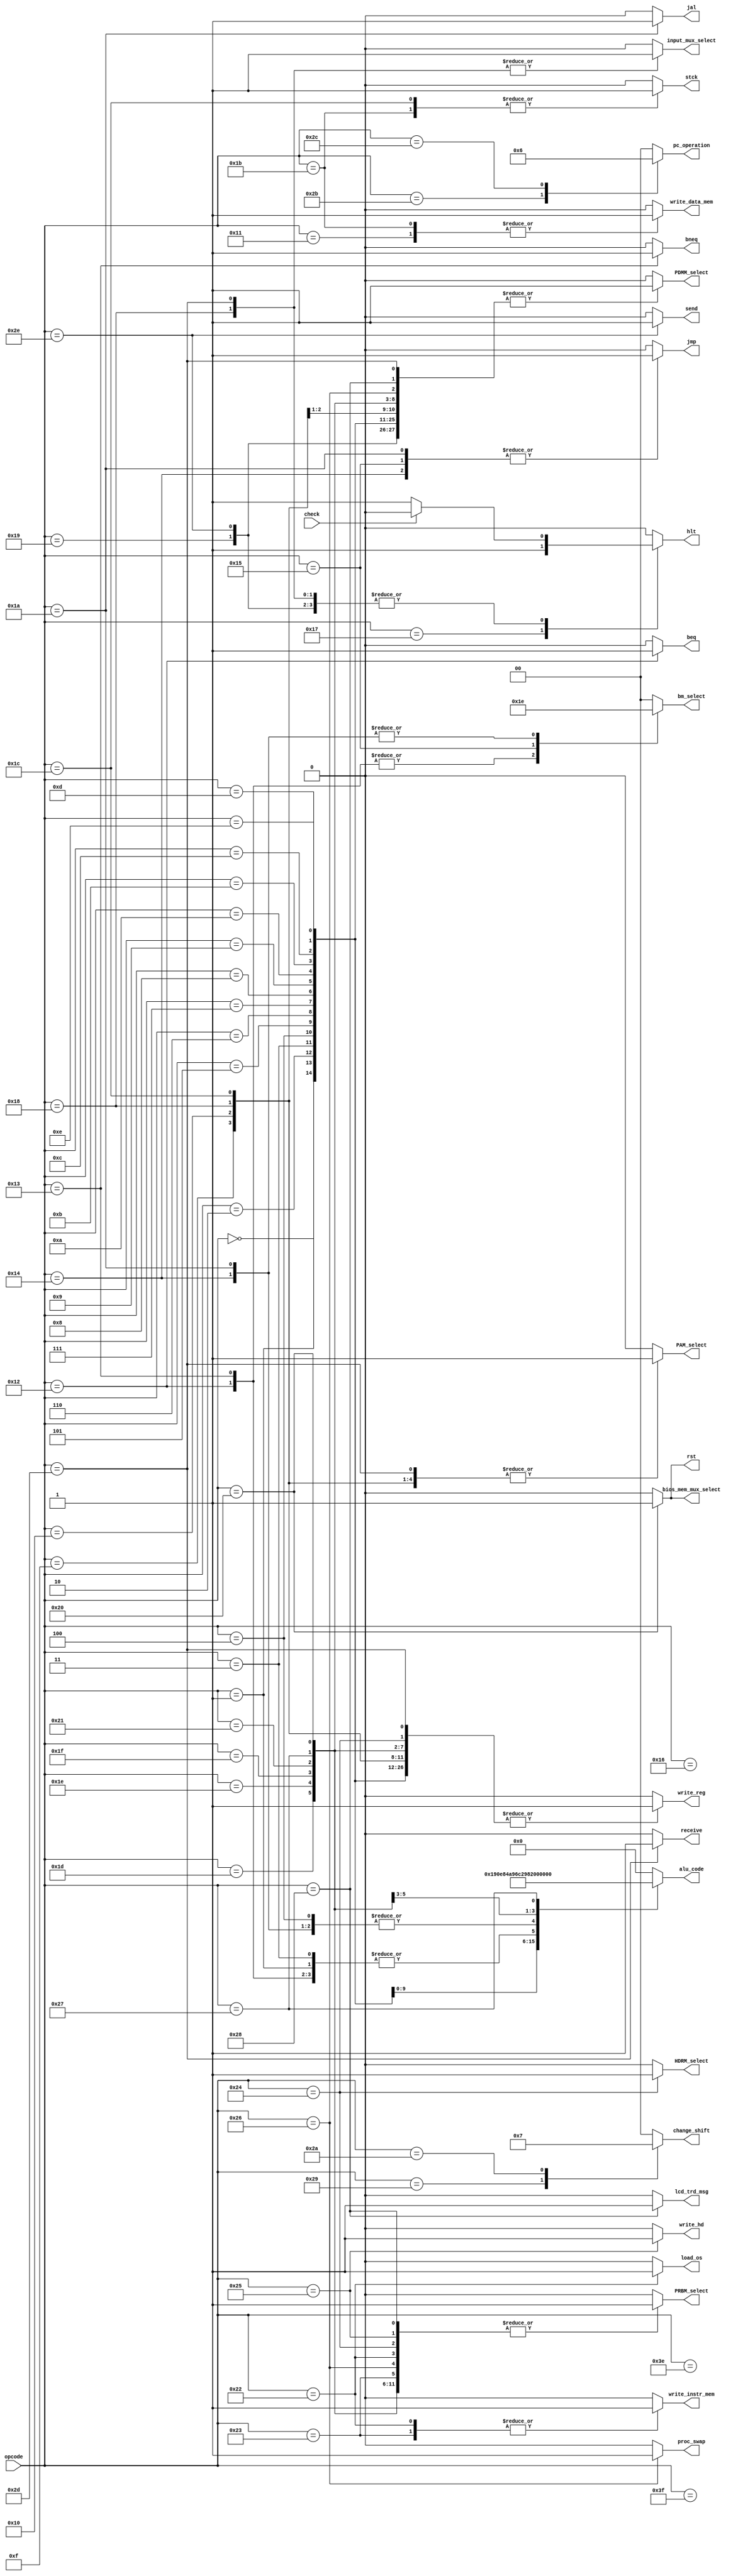
/*
check - signal for input usage
clk - cocl
opcode - operation code
PRBM_select - pre-regbank mux selection
bm_select - big mux selection
PAM_select - pre-ALU mux selection
hlt, jmp, rst, beq, bneq, jal - pc flags
PDMM_select - post-data mem mux selection
write_data_mem, stck - datamem write and stack usage flags
write_reg - RegBank write flag
alu_code - operation code for ALU
input_mux_select - input control signal
*/

module Control_unit
#(
	parameter OP_WIDTH = 6, 
	parameter ALU_OP_WIDTH = 5, 
	parameter SIGNAL_WIDTH = 2
)
(
	input check,
	input [(OP_WIDTH-1):0] opcode,
	output reg PRBM_select,										
	output reg PAM_select,								
	output reg [(SIGNAL_WIDTH-1):0] bm_select,						
	output reg hlt, jmp, rst, beq, bneq, jal,		
	output reg PDMM_select,										
	output reg write_data_mem, stck,									
	output reg write_reg,											
	output reg[(ALU_OP_WIDTH-1):0] alu_code,							
	output reg input_mux_select,
	//os related flags
	output reg bios_mem_mux_select, write_instr_mem, 
	output reg load_os, HDRM_select, write_hd, lcd_trd_msg, proc_swap, 
	output reg [(SIGNAL_WIDTH-1):0] change_shift, pc_operation,
	// network communication flags
	output reg send, receive
	
);

	always @ ( * ) 
	begin
		case( opcode )
			6'b000000: //ADD - OK - 0
			begin 
				PRBM_select = 1'b1;
				PAM_select = 1'b0;
				bm_select = 2'b00;
				PDMM_select = 1'b1;
				input_mux_select = 1'b0;
				alu_code = 5'b00000; 
				hlt = 1'b0;
				jmp = 1'b0;
				beq = 1'b0;
				bneq = 1'b0;
				jal = 1'b0;
				rst = 1'b0;
				write_data_mem = 1'b0;
				stck = 1'b0;
				write_reg = 1'b1;
				// OS
				bios_mem_mux_select = 1'b0;
				write_instr_mem = 1'b0;
				proc_swap = 1'b0;
				load_os = 1'b0;
				HDRM_select = 1'b0;
				write_hd = 1'b0;
				lcd_trd_msg = 1'b0;
				change_shift = 2'b00;
				pc_operation = 2'b00;
				// NET
				send = 1'b0;
				receive = 1'b0;
			end
			
			6'b000001: //SUB - OK - 1
			begin 
				PRBM_select = 1'b1;
				PAM_select = 1'b0 ;
				bm_select = 2'b00;
				PDMM_select = 1'b1;
				input_mux_select = 1'b0;
				alu_code = 5'b00001; 
				hlt = 1'b0;
				jmp = 1'b0;
				beq = 1'b0;
				bneq = 1'b0;
				jal = 1'b0;
				rst = 1'b0;
				write_data_mem = 1'b0;
				stck = 1'b0;
				write_reg = 1'b1;
				// OS
				bios_mem_mux_select = 1'b0;
				write_instr_mem = 1'b0;
				proc_swap = 1'b0;
				load_os = 1'b0;
				HDRM_select = 1'b0;
				write_hd = 1'b0;
				lcd_trd_msg = 1'b0;
				change_shift = 2'b00;
				pc_operation = 2'b00;
				// NET
				send = 1'b0;
				receive = 1'b0;
			end
			
			6'b000010: //ADDI - OK - 2
			begin 
				PRBM_select = 1'b0;
				PAM_select = 1'b1;
				bm_select = 2'b00;
				PDMM_select = 1'b1;
				input_mux_select = 1'b0;
				alu_code = 5'b00000; 
				hlt = 1'b0;
				jmp = 1'b0;
				beq = 1'b0;
				bneq = 1'b0;
				jal = 1'b0;
				rst = 1'b0;
				write_data_mem = 1'b0;
				stck = 1'b0;
				write_reg = 1'b1;
				// OS
				bios_mem_mux_select = 1'b0;
				write_instr_mem = 1'b0;
				proc_swap = 1'b0;
				load_os = 1'b0;
				HDRM_select = 1'b0;
				write_hd = 1'b0;
				lcd_trd_msg = 1'b0;
				change_shift = 2'b00;
				pc_operation = 2'b00;
				// NET
				send = 1'b0;
				receive = 1'b0;
			end
			
			6'b000011: //SUBI - OK - 3
			begin 
				PRBM_select = 1'b0;
				PAM_select = 1'b1;
				bm_select = 2'b00;
				PDMM_select = 1'b1;
				input_mux_select = 1'b0;
				alu_code = 5'b00001; 
				hlt = 1'b0;
				jmp = 1'b0;
				beq = 1'b0;
				bneq = 1'b0;
				jal = 1'b0;
				rst = 1'b0;
				write_data_mem = 1'b0;
				stck = 1'b0;
				write_reg = 1'b1;
				// OS
				bios_mem_mux_select = 1'b0;
				write_instr_mem = 1'b0;
				proc_swap = 1'b0;
				load_os = 1'b0;
				HDRM_select = 1'b0;
				write_hd = 1'b0;
				lcd_trd_msg = 1'b0;
				change_shift = 2'b00;
				pc_operation = 2'b00;
				// NET
				send = 1'b0;
				receive = 1'b0;
			end
			
			6'b000100://INC - OK - 4
			 begin 
				PRBM_select = 1'b0;
				PAM_select = 1'b1;
				bm_select = 2'b00;
				PDMM_select = 1'b1;
				input_mux_select = 1'b0;
				alu_code = 5'b00010; 
				hlt = 1'b0;
				jmp = 1'b0;
				beq = 1'b0;
				bneq = 1'b0;
				jal = 1'b0;
				rst = 1'b0;
				write_data_mem = 1'b0;
				stck = 1'b0;
				write_reg = 1'b1;
				// OS
				bios_mem_mux_select = 1'b0;
				write_instr_mem = 1'b0;
				proc_swap = 1'b0;
				load_os = 1'b0;
				HDRM_select = 1'b0;
				write_hd = 1'b0;
				lcd_trd_msg = 1'b0;
				change_shift = 2'b00;
				pc_operation = 2'b00;
				// NET
				send = 1'b0;
				receive = 1'b0;
			end
			
			6'b000101: //DEC - OK - 5
			begin 
				PRBM_select = 1'b0;
				PAM_select = 1'b1;
				bm_select = 2'b00;
				PDMM_select = 1'b1;
				input_mux_select = 1'b0;
				alu_code = 5'b00011; 
				hlt = 1'b0;
				jmp = 1'b0;
				beq = 1'b0;
				bneq = 1'b0;
				jal = 1'b0;
				rst = 1'b0;
				write_data_mem = 1'b0;
				stck = 1'b0;
				write_reg = 1'b1;
				// OS
				bios_mem_mux_select = 1'b0;
				write_instr_mem = 1'b0;
				proc_swap = 1'b0;
				load_os = 1'b0;
				HDRM_select = 1'b0;
				write_hd = 1'b0;
				lcd_trd_msg = 1'b0;
				change_shift = 2'b00;
				pc_operation = 2'b00;
				// NET
				send = 1'b0;
				receive = 1'b0;
			end
			
			6'b000110: //SLT - OK - 6
			begin 
				PRBM_select = 1'b1;
				PAM_select = 1'b0;
				bm_select = 2'b00;
				PDMM_select = 1'b1;
				input_mux_select = 1'b0;
				alu_code = 5'b00100; 
				hlt = 1'b0;
				jmp = 1'b0;
				beq = 1'b0;
				bneq = 1'b0;
				jal = 1'b0;
				rst = 1'b0;
				write_data_mem = 1'b0;
				stck = 1'b0;
				write_reg = 1'b1;
				// OS
				bios_mem_mux_select = 1'b0;
				write_instr_mem = 1'b0;
				proc_swap = 1'b0;
				load_os = 1'b0;
				HDRM_select = 1'b0;
				write_hd = 1'b0;
				lcd_trd_msg = 1'b0;
				change_shift = 2'b00;
				pc_operation = 2'b00;
				// NET
				send = 1'b0;
				receive = 1'b0;
			end
			
			6'b000111: //SHFL - OK - 7
			begin 
				PRBM_select = 1'b1;
				PAM_select = 1'b0;
				bm_select = 2'b00;
				PDMM_select = 1'b1;
				input_mux_select = 1'b0;
				alu_code = 5'b00111; 
				hlt = 1'b0;
				jmp = 1'b0;
				beq = 1'b0;
				bneq = 1'b0;
				jal = 1'b0;
				rst = 1'b0;
				write_data_mem = 1'b0;
				stck = 1'b0;
				write_reg = 1'b1;
				// OS
				bios_mem_mux_select = 1'b0;
				write_instr_mem = 1'b0;
				proc_swap = 1'b0;
				load_os = 1'b0;
				HDRM_select = 1'b0;
				write_hd = 1'b0;
				lcd_trd_msg = 1'b0;
				change_shift = 2'b00;
				pc_operation = 2'b00;
				// NET
				send = 1'b0;
				receive = 1'b0;
			end
			
			6'b001000: //SHFR - OK - 8
			begin 
				PRBM_select = 1'b1;
				PAM_select = 1'b0;
				bm_select = 2'b00;
				PDMM_select = 1'b1;
				input_mux_select = 1'b0;
				alu_code = 5'b01000; 
				hlt = 1'b0;
				jmp = 1'b0;
				beq = 1'b0;
				bneq = 1'b0;
				jal = 1'b0;
				rst = 1'b0;
				write_data_mem = 1'b0;
				stck = 1'b0;
				write_reg = 1'b1;
				// OS
				bios_mem_mux_select = 1'b0;
				write_instr_mem = 1'b0;
				proc_swap = 1'b0;
				load_os = 1'b0;
				HDRM_select = 1'b0;
				write_hd = 1'b0;
				lcd_trd_msg = 1'b0;
				change_shift = 2'b00;
				pc_operation = 2'b00;
				// NET
				send = 1'b0;
				receive = 1'b0;
			end
			
			6'b001001: //NOT - OK - 9
			begin 
				PRBM_select = 1'b1;
				PAM_select = 1'b0;
				bm_select = 2'b00;
				PDMM_select = 1'b1;
				input_mux_select = 1'b0;
				alu_code = 5'b01001; 
				hlt = 1'b0;
				jmp = 1'b0;
				beq = 1'b0;
				bneq = 1'b0;
				jal = 1'b0;
				rst = 1'b0;
				write_data_mem = 1'b0;
				stck = 1'b0;
				write_reg = 1'b1;
				// OS
				bios_mem_mux_select = 1'b0;
				write_instr_mem = 1'b0;
				proc_swap = 1'b0;
				load_os = 1'b0;
				HDRM_select = 1'b0;
				write_hd = 1'b0;
				lcd_trd_msg = 1'b0;
				change_shift = 2'b00;
				pc_operation = 2'b00;
				// NET
				send = 1'b0;
				receive = 1'b0;
			end
			
			6'b001010: //AND - OK - 10
			begin 	
				PRBM_select = 1'b1;
				PAM_select = 1'b0;
				bm_select = 2'b00;
				PDMM_select = 1'b1;
				input_mux_select = 1'b0;
				alu_code = 5'b01010; 
				hlt = 1'b0;
				jmp = 1'b0;
				beq = 1'b0;
				bneq = 1'b0;
				jal = 1'b0;
				rst = 1'b0;
				write_data_mem = 1'b0;
				stck = 1'b0;
				write_reg = 1'b1;
				// OS
				bios_mem_mux_select = 1'b0;
				write_instr_mem = 1'b0;
				proc_swap = 1'b0;
				load_os = 1'b0;
				HDRM_select = 1'b0;
				write_hd = 1'b0;
				lcd_trd_msg = 1'b0;
				change_shift = 2'b00;
				pc_operation = 2'b00;
				// NET
				send = 1'b0;
				receive = 1'b0;
			end
			
			6'b001011: //OR - OK - 11
			begin 
				PRBM_select = 1'b1;
				PAM_select = 1'b0;
				bm_select = 2'b00;
				PDMM_select = 1'b1;
				input_mux_select = 1'b0;
				alu_code = 5'b01011; 
				hlt = 1'b0;
				jmp = 1'b0;
				beq = 1'b0;
				bneq = 1'b0;
				jal = 1'b0;
				rst = 1'b0;
				write_data_mem = 1'b0;
				stck = 1'b0;
				write_reg = 1'b1;
				// OS
				bios_mem_mux_select = 1'b0;
				write_instr_mem = 1'b0;
				proc_swap = 1'b0;
				load_os = 1'b0;
				HDRM_select = 1'b0;
				write_hd = 1'b0;
				lcd_trd_msg = 1'b0;
				change_shift = 2'b00;
				pc_operation = 2'b00;
				// NET
				send = 1'b0;
				receive = 1'b0;
			end
			
			6'b001100: //XOR - OK - 12
			begin 
				PRBM_select = 1'b1;
				PAM_select = 1'b0;
				bm_select = 2'b00;
				PDMM_select = 1'b1;
				input_mux_select = 1'b0;
				alu_code = 5'b01100; 
				hlt = 1'b0;
				jmp = 1'b0;
				beq = 1'b0;
				bneq = 1'b0;
				jal = 1'b0;
				rst = 1'b0;
				write_data_mem = 1'b0;
				stck = 1'b0;
				write_reg = 1'b1;
				// OS
				bios_mem_mux_select = 1'b0;
				write_instr_mem = 1'b0;
				proc_swap = 1'b0;
				load_os = 1'b0;
				HDRM_select = 1'b0;
				write_hd = 1'b0;
				lcd_trd_msg = 1'b0;
				change_shift = 2'b00;
				pc_operation = 2'b00;
				// NET
				send = 1'b0;
				receive = 1'b0;
			end
			
			6'b001101: //MULT- OK - 13
			begin 
				PRBM_select = 1'b1;
				PAM_select = 1'b0;
				bm_select = 2'b00;
				PDMM_select = 1'b1;
				input_mux_select = 1'b0;
				alu_code = 5'b00101; 
				hlt = 1'b0;
				jmp = 1'b0;
				beq = 1'b0;
				bneq = 1'b0;
				jal = 1'b0;
				rst = 1'b0;
				write_data_mem = 1'b0;
				stck = 1'b0;
				write_reg = 1'b1;
				// OS
				bios_mem_mux_select = 1'b0;
				write_instr_mem = 1'b0;
				proc_swap = 1'b0;
				load_os = 1'b0;
				HDRM_select = 1'b0;
				write_hd = 1'b0;
				lcd_trd_msg = 1'b0;
				change_shift = 2'b00;
				pc_operation = 2'b00;
				// NET
				send = 1'b0;
				receive = 1'b0;
			end
			
			6'b001110: //DIV - OK - 14
			begin 
				PRBM_select = 1'b1;
				PAM_select = 1'b0;
				bm_select = 2'b00;
				PDMM_select = 1'b1;
				input_mux_select = 1'b0;
				alu_code = 5'b00110; 
				hlt = 1'b0;
				jmp = 1'b0;
				beq = 1'b0;
				bneq = 1'b0;
				jal = 1'b0;
				rst = 1'b0;
				write_data_mem = 1'b0;
				stck = 1'b0;
				write_reg = 1'b1;
				// OS
				bios_mem_mux_select = 1'b0;
				write_instr_mem = 1'b0;
				proc_swap = 1'b0;
				load_os = 1'b0;
				HDRM_select = 1'b0;
				write_hd = 1'b0;
				lcd_trd_msg = 1'b0;
				change_shift = 2'b00;
				pc_operation = 2'b00;
				// NET
				send = 1'b0;
				receive = 1'b0;
			end
			6'b001111: //LD - OK - 15
			begin 
				PRBM_select = 1'b0;
				PAM_select = 1'b1;
				bm_select = 2'b00;
				PDMM_select = 1'b0;
				input_mux_select = 1'b0;
				alu_code = 5'b00000; 
				hlt = 1'b0;
				jmp = 1'b0;
				beq = 1'b0;
				bneq = 1'b0;
				jal = 1'b0;
				rst = 1'b0;
				write_data_mem = 1'b0;
				stck = 1'b0;
				write_reg = 1'b1;
				// OS
				bios_mem_mux_select = 1'b0;
				write_instr_mem = 1'b0;
				proc_swap = 1'b0;
				load_os = 1'b0;
				HDRM_select = 1'b0;
				write_hd = 1'b0;
				lcd_trd_msg = 1'b0;
				change_shift = 2'b00;
				pc_operation = 2'b00;
				// NET
				send = 1'b0;
				receive = 1'b0;
			end
			
			6'b010000: 
			begin //LDI - OK - 16
				PRBM_select = 1'b0;
				PAM_select = 1'b1;
				bm_select = 2'b00;
				PDMM_select = 1'b1;
				input_mux_select = 1'b0;
				alu_code = 5'b00000; 
				hlt = 1'b0;
				jmp = 1'b0;
				beq = 1'b0;
				bneq = 1'b0;
				jal = 1'b0;
				rst = 1'b0;
				write_data_mem = 1'b0;
				stck = 1'b0;
				write_reg = 1'b1;
				// OS
				bios_mem_mux_select = 1'b0;
				write_instr_mem = 1'b0;
				proc_swap = 1'b0;
				load_os = 1'b0;
				HDRM_select = 1'b0;
				write_hd = 1'b0;
				lcd_trd_msg = 1'b0;
				change_shift = 2'b00;
				pc_operation = 2'b00;
				// NET
				send = 1'b0;
				receive = 1'b0;
			end
			6'b010001: //STR - OK - 17 ;D
			 begin 
				PRBM_select = 1'b0;
				PAM_select = 1'b1;
				bm_select = 2'b00;
				PDMM_select = 1'b0;
				input_mux_select = 1'b0;
				alu_code = 5'b00000; 
				hlt = 1'b0;
				jmp = 1'b0;
				beq = 1'b0;
				bneq = 1'b0;
				jal = 1'b0;
				rst = 1'b0;
				write_data_mem = 1'b1;
				stck = 1'b0;
				write_reg = 1'b0;
				// OS
				bios_mem_mux_select = 1'b0;
				write_instr_mem = 1'b0;
				proc_swap = 1'b0;
				load_os = 1'b0;
				HDRM_select = 1'b0;
				write_hd = 1'b0;
				lcd_trd_msg = 1'b0;
				change_shift = 2'b00;
				pc_operation = 2'b00;
				// NET
				send = 1'b0;
				receive = 1'b0;
			end
			
			6'b010010: 
			begin //BEQ - OK - 18
				PRBM_select = 1'b0;
				PAM_select = 1'b0;
				bm_select = 2'b01;
				PDMM_select = 1'b0;
				input_mux_select = 1'b0;
				alu_code = 5'b00001; 
				hlt = 1'b0;
				jmp = 1'b0;
				beq = 1'b1;
				bneq = 1'b0;
				jal = 1'b0;
				rst = 1'b0;
				write_data_mem = 1'b0;
				stck = 1'b0;
				write_reg = 1'b0;
				// OS
				bios_mem_mux_select = 1'b0;
				write_instr_mem = 1'b0;
				proc_swap = 1'b0;
				load_os = 1'b0;
				HDRM_select = 1'b0;
				write_hd = 1'b0;
				lcd_trd_msg = 1'b0;
				change_shift = 2'b00;
				pc_operation = 2'b00;
				// NET
				send = 1'b0;
				receive = 1'b0;
			end
			
			6'b010011: 
			begin //BNEQ - OK - 19
				PRBM_select = 1'b0;
				PAM_select = 1'b0;
				bm_select = 2'b01;
				PDMM_select = 1'b0;
				input_mux_select = 1'b0;
				alu_code = 5'b00001; 
				hlt = 1'b0;
				jmp = 1'b0;
				beq = 1'b0;
				bneq = 1'b1;
				jal = 1'b0;
				rst = 1'b0;
				write_data_mem = 1'b0;
				stck = 1'b0;
				write_reg = 1'b0;
				// OS
				bios_mem_mux_select = 1'b0;
				write_instr_mem = 1'b0;
				proc_swap = 1'b0;
				load_os = 1'b0;
				HDRM_select = 1'b0;
				write_hd = 1'b0;
				lcd_trd_msg = 1'b0;
				change_shift = 2'b00;
				pc_operation = 2'b00;
				// NET
				send = 1'b0;
				receive = 1'b0;
			end
			
			6'b010100: 
			begin //JMP - OK - 20
				PRBM_select = 1'b0;
				PAM_select = 1'b0;
				bm_select = 2'b10;
				PDMM_select = 1'b0;
				input_mux_select = 1'b0;
				alu_code = 5'b00010; 
				hlt = 1'b0;
				jmp = 1'b1;
				beq = 1'b0;
				bneq = 1'b0;
				jal = 1'b0;
				rst = 1'b0;
				write_data_mem = 1'b0;
				stck = 1'b0;
				write_reg = 1'b0;
				// OS
				bios_mem_mux_select = 1'b0;
				write_instr_mem = 1'b0;
				proc_swap = 1'b0;
				load_os = 1'b0;
				HDRM_select = 1'b0;
				write_hd = 1'b0;
				lcd_trd_msg = 1'b0;
				change_shift = 2'b00;
				pc_operation = 2'b00;
				// NET
				send = 1'b0;
				receive = 1'b0;
			end
			
			6'b010101: 
			begin //JMPR - OK - 21
				PRBM_select = 1'b0;
				PAM_select = 1'b0;
				bm_select = 2'b11;
				PDMM_select = 1'b0;
				input_mux_select = 1'b0;
				alu_code = 5'b00000; 
				hlt = 1'b0;
				jmp = 1'b1;
				beq = 1'b0;
				bneq = 1'b0;
				jal = 1'b0;
				rst = 1'b0;
				write_data_mem = 1'b0;
				stck = 1'b0;
				write_reg = 1'b0;
				// OS
				bios_mem_mux_select = 1'b0;
				write_instr_mem = 1'b0;
				proc_swap = 1'b0;
				load_os = 1'b0;
				HDRM_select = 1'b0;
				write_hd = 1'b0;
				lcd_trd_msg = 1'b0;
				change_shift = 2'b00;
				pc_operation = 2'b00;
				// NET
				send = 1'b0;
				receive = 1'b0;
			end
			
			6'b010110: 
			begin //NOP - OK - 22 
				PRBM_select = 1'b1;
				PAM_select = 1'b0;
				bm_select = 2'b00;
				PDMM_select = 1'b1;
				input_mux_select = 1'b0;
				alu_code = 5'b00000; 
				hlt = 1'b0;
				jmp = 1'b0;
				beq = 1'b0;
				bneq = 1'b0;
				jal = 1'b0;
				rst = 1'b0;
				write_data_mem = 1'b0;
				stck = 1'b0;
				write_reg = 1'b0;  
				// OS
				bios_mem_mux_select = 1'b0;
				write_instr_mem = 1'b0;
				proc_swap = 1'b0;
				load_os = 1'b0;
				HDRM_select = 1'b0;
				write_hd = 1'b0;
				lcd_trd_msg = 1'b0;
				change_shift = 2'b00;
				pc_operation = 2'b00;
				// NET
				send = 1'b0;
				receive = 1'b0;
			end
			
			6'b010111:
			begin //hlt - OK - 23
				PRBM_select = 1'b0;
				PAM_select = 1'b0;
				bm_select = 2'b00;
				PDMM_select = 1'b0;
				input_mux_select = 1'b0;
				alu_code = 5'b00000; 
				hlt = 1'b1;
				jmp = 1'b0;
				beq = 1'b0;
				bneq = 1'b0;
				jal = 1'b0;
				rst = 1'b0;
				write_data_mem = 1'b0;
				stck = 1'b0;
				write_reg = 1'b0;
				// OS
				bios_mem_mux_select = 1'b0;
				write_instr_mem = 1'b0;
				proc_swap = 1'b0;
				load_os = 1'b0;
				HDRM_select = 1'b0;
				write_hd = 1'b0;
				lcd_trd_msg = 1'b0;
				change_shift = 2'b00;
				pc_operation = 2'b00;
				// NET
				send = 1'b0;
				receive = 1'b0;
			end
			
			6'b011000: 
			begin //IN - OK - 24
				PRBM_select = 1'b0;
				PAM_select = 1'b1;
				bm_select = 2'b00;
				PDMM_select = 1'b1;
				input_mux_select = 1'b1;
				alu_code = 5'b00000; 
				if(check)
					hlt = 1'b0;
				else
					hlt = 1'b1;
				jmp = 1'b0;
				beq = 1'b0;
				bneq = 1'b0;
				jal = 1'b0;
				rst = 1'b0;
				write_data_mem = 1'b0;
				stck = 1'b0;
				write_reg = 1'b1;
				// OS
				bios_mem_mux_select = 1'b0;
				write_instr_mem = 1'b0;
				proc_swap = 1'b0;
				load_os = 1'b0;
				HDRM_select = 1'b0;
				write_hd = 1'b0;
				lcd_trd_msg = 1'b0;
				change_shift = 2'b00;	
				pc_operation = 2'b00;
				// NET
				send = 1'b0;
				receive = 1'b0;
			end
				
			6'b011001: 
			begin //OUT - OK - 25
				PRBM_select = 1'b1;
				PAM_select = 1'b0;
				bm_select = 2'b00;
				PDMM_select = 1'b1;
				input_mux_select = 1'b0;
				alu_code = 5'b00000; 
				if(check)
					hlt = 1'b0;
				else
					hlt = 1'b1;
				jmp = 1'b0;
				beq = 1'b0;
				bneq = 1'b0;
				jal = 1'b0;
				rst = 1'b0;
				write_data_mem = 1'b0;
				stck = 1'b0;
				write_reg = 1'b0;
				// OS
				bios_mem_mux_select = 1'b0;
				write_instr_mem = 1'b0;
				proc_swap = 1'b0;
				load_os = 1'b0;
				HDRM_select = 1'b0;
				write_hd = 1'b0;
				lcd_trd_msg = 1'b0;
				change_shift = 2'b00;	
				pc_operation = 2'b00;
				// NET
				send = 1'b0;
				receive = 1'b0;
			end
			
			6'b011010: 
			begin //JAL - OK - 26
				PRBM_select = 1'b0;
				PAM_select = 1'b0;
				bm_select = 2'b10;
				PDMM_select = 1'b0;
				input_mux_select = 1'b0;
				alu_code = 5'b00010; 
				hlt = 1'b0;
				jmp = 1'b1;
				beq = 1'b0;
				bneq = 1'b0;
				jal = 1'b1;
				rst = 1'b0;
				write_data_mem = 1'b0;
				stck = 1'b0;
				write_reg = 1'b0;
				// OS
				bios_mem_mux_select = 1'b0;
				write_instr_mem = 1'b0;
				proc_swap = 1'b0;
				load_os = 1'b0;
				HDRM_select = 1'b0;
				write_hd = 1'b0;
				lcd_trd_msg = 1'b0;
				change_shift = 2'b00;
				pc_operation = 2'b00;
				// NET
				send = 1'b0;
				receive = 1'b0;
			end
			
			6'b011011: 
			begin // PUSH - 27
				PRBM_select = 1'b0;
				PAM_select = 1'b1;
				bm_select = 2'b00;
				PDMM_select = 1'b0;
				input_mux_select = 1'b0;
				alu_code = 5'b00000; 
				hlt = 1'b0;
				jmp = 1'b0;
				beq = 1'b0;
				bneq = 1'b0;
				jal = 1'b0;
				rst = 1'b0;
				write_data_mem = 1'b1;
				stck = 1'b1; //
				write_reg = 1'b0;
				// OS
				bios_mem_mux_select = 1'b0;
				write_instr_mem = 1'b0;
				proc_swap = 1'b0;
				load_os = 1'b0;
				HDRM_select = 1'b0;
				write_hd = 1'b0;
				lcd_trd_msg = 1'b0;
				change_shift = 2'b00;
				pc_operation = 2'b00;
				// NET
				send = 1'b0;
				receive = 1'b0;
			end
			
			6'b011100: 
			begin // POP - 28
				PRBM_select = 1'b0;
				PAM_select = 1'b1;
				bm_select = 2'b00;
				PDMM_select = 1'b0;
				input_mux_select = 1'b0;
				alu_code = 5'b00000; 
				hlt = 1'b0;
				jmp = 1'b0;
				beq = 1'b0;
				bneq = 1'b0;
				jal = 1'b0;
				rst = 1'b0;
				write_data_mem = 1'b0;
				stck = 1'b1; // 
				write_reg = 1'b1;
				// OS
				bios_mem_mux_select = 1'b0;
				write_instr_mem = 1'b0;
				proc_swap = 1'b0;
				load_os = 1'b0;
				HDRM_select = 1'b0;
				write_hd = 1'b0;
				lcd_trd_msg = 1'b0;
				change_shift = 2'b00;
				pc_operation = 2'b00;
				// NET
				send = 1'b0;
				receive = 1'b0;
			end
			
			6'b011101: 
			begin //SLET - OK - 29
				PRBM_select = 1'b1;
				PAM_select = 1'b0;
				bm_select = 2'b00;
				PDMM_select = 1'b1;
				input_mux_select = 1'b0;
				alu_code = 5'b01101; 
				hlt = 1'b0;
				jmp = 1'b0;
				beq = 1'b0;
				bneq = 1'b0;
				jal = 1'b0;
				rst = 1'b0;
				write_data_mem = 1'b0;
				stck = 1'b0;
				write_reg = 1'b1;
				// OS
				bios_mem_mux_select = 1'b0;
				write_instr_mem = 1'b0;
				proc_swap = 1'b0;
				load_os = 1'b0;
				HDRM_select = 1'b0;
				write_hd = 1'b0;
				lcd_trd_msg = 1'b0;
				change_shift = 2'b00;
				pc_operation = 2'b00;
				// NET
				send = 1'b0;
				receive = 1'b0;
			end
				
			6'b011110: 
			begin //SEQ - OK - 30
				PRBM_select = 1'b1;
				PAM_select = 1'b0;
				bm_select = 2'b00;
				PDMM_select = 1'b1;
				input_mux_select = 1'b0;
				alu_code = 5'b01110; 
				hlt = 1'b0;
				jmp = 1'b0;
				beq = 1'b0;
				bneq = 1'b0;
				jal = 1'b0;
				rst = 1'b0;
				write_data_mem = 1'b0;
				stck = 1'b0;
				write_reg = 1'b1;
				// OS
				bios_mem_mux_select = 1'b0;
				write_instr_mem = 1'b0;
				proc_swap = 1'b0;
				load_os = 1'b0;
				HDRM_select = 1'b0;
				write_hd = 1'b0;
				lcd_trd_msg = 1'b0;
				change_shift = 2'b00;
				pc_operation = 2'b00;
				// NET
				send = 1'b0;
				receive = 1'b0;
			end
				
			6'b011111: 
			begin //SNEQ - OK - 30
				PRBM_select = 1'b1;
				PAM_select = 1'b0;
				bm_select = 2'b00;
				PDMM_select = 1'b1;
				input_mux_select = 1'b0;
				alu_code = 5'b01111; 
				hlt = 1'b0;
				jmp = 1'b0;
				beq = 1'b0;
				bneq = 1'b0;
				jal = 1'b0;
				rst = 1'b0;
				write_data_mem = 1'b0;
				stck = 1'b0;
				write_reg = 1'b1;
				// OS
				bios_mem_mux_select = 1'b0;
				write_instr_mem = 1'b0;
				proc_swap = 1'b0;
				load_os = 1'b0;
				HDRM_select = 1'b0;
				write_hd = 1'b0;
				lcd_trd_msg = 1'b0;
				change_shift = 2'b00;
				pc_operation = 2'b00;
				// NET
				send = 1'b0;
				receive = 1'b0;
			end
			
			// OS/NET RELATED INSTRUCTIONS - X TYPE
			
			// BIOS to memory - OK - 31
			6'b100000: 
			begin //BTM - changes context from bios to memory
				PRBM_select = 1'b1;
				PAM_select = 1'b0;
				bm_select = 2'b00;
				PDMM_select = 1'b1;
				input_mux_select = 1'b0;
				alu_code = 5'b00000; 
				hlt = 1'b0;
				jmp = 1'b0;
				beq = 1'b0;
				bneq = 1'b0;
				jal = 1'b0;
				rst = 1'b1;
				write_data_mem = 1'b0;
				stck = 1'b0;
				write_reg = 1'b1;
				// OS
				bios_mem_mux_select = 1'b1;
				write_instr_mem = 1'b0;
				proc_swap = 1'b0;
				load_os = 1'b0;
				HDRM_select = 1'b0;
				write_hd = 1'b0;
				lcd_trd_msg = 1'b0;
				change_shift = 2'b00;
				pc_operation = 2'b00;
				// NET
				send = 1'b0;
				receive = 1'b0;
			end	
			
			// SET QUANTUM - 32 - NAAAAAAAAAAAAAAAAAAO
			// SQTM - x type, changes the timer's quantum value 
			// 32'b100001_{5'b reg}_000000000000000000000; QUANTUM <= r[2]
			6'b100001: 
			begin 
				PRBM_select = 1'b1;
				PAM_select = 1'b0; 
				bm_select = 2'b00;
				PDMM_select = 1'b1;
				input_mux_select = 1'b0;
				alu_code = 5'b00000; 
				hlt = 1'b0;
				jmp = 1'b0;
				beq = 1'b0;
				bneq = 1'b0;
				jal = 1'b0;
				rst = 1'b0; // :
				write_data_mem = 1'b0;
				stck = 1'b0;
				write_reg = 1'b1;
				// OS
				bios_mem_mux_select = 1'b0;
				write_instr_mem = 1'b0;
				proc_swap = 1'b0;
				load_os = 1'b0;
				HDRM_select = 1'b0;
				write_hd = 1'b0;
				lcd_trd_msg = 1'b0;
				change_shift = 2'b00;
				pc_operation = 2'b00;
				// NET
				send = 1'b0;
				receive = 1'b0;
			end	
			
			// LOAD_OS - 33, almost equal to MDHM - OK
			6'b100010:
			begin 
				PRBM_select = 1'b1; //////
				PAM_select = 1'b0;
				bm_select = 2'b00;
				PDMM_select = 1'b0;
				input_mux_select = 1'b0;
				alu_code = 5'b00000; 
				hlt = 1'b0;
				jmp = 1'b0;
				beq = 1'b0;
				bneq = 1'b0;
				jal = 1'b0;
				rst = 1'b0;
				write_data_mem = 1'b0;
				stck = 1'b0;
				write_reg = 1'b0;
				// OS
				bios_mem_mux_select = 1'b0;
				write_instr_mem = 1'b1;
				proc_swap = 1'b0;
				load_os = 1'b1;
				HDRM_select = 1'b0;
				write_hd = 1'b0;
				lcd_trd_msg = 1'b0;
				change_shift = 2'b00;
				pc_operation = 2'b00;
				// NET
				send = 1'b0;
				receive = 1'b0;
			end	
			
			// MOVE_HD_TO_MEM - 34 - OK
			// MHDM -> 32'b100011_{5'b hd_proc_num}_{5'b hd_line}_{5'b mem_line }_11'b0; // mem[PROC[r[4]][line=r[3]] <= hd[PROC=r[4]][line=r[2]]
			6'b100011: 
			begin 
				PRBM_select = 1'b1;
				PAM_select = 1'b0;
				bm_select = 2'b00;
				PDMM_select = 1'b0;
				input_mux_select = 1'b0;
				alu_code = 5'b00000; 
				hlt = 1'b0;
				jmp = 1'b0;
				beq = 1'b0;
				bneq = 1'b0;
				jal = 1'b0;
				rst = 1'b0;
				write_data_mem = 1'b0;
				stck = 1'b0;
				write_reg = 1'b0;
				// OS
				bios_mem_mux_select = 1'b0;
				write_instr_mem = 1'b1;
				proc_swap = 1'b0;
				load_os = 1'b0;
				HDRM_select = 1'b0;
				write_hd = 1'b0;
				lcd_trd_msg = 1'b0;
				change_shift = 2'b00;
				pc_operation = 2'b00;
				// NET
				send = 1'b0;
				receive = 1'b0;
			end	
			
			// MOVE_HD_TO_REG - 35 - OK
			// MHR - > 32'b100100_{5'b hd_proc_num }_{ 5'b hd_line }_{5'b reg destiny }_11'b0; // reg[4] <= hd[PROC=r[6]][line=r[2]]
			6'b100100: 
			begin 
				PRBM_select = 1'b1; 
				PAM_select = 1'b0;
				bm_select = 2'b00;
				PDMM_select = 1'b0;
				input_mux_select = 1'b0;
				alu_code = 5'b00000; 
				hlt = 1'b0;
				jmp = 1'b0;
				beq = 1'b0;
				bneq = 1'b0;
				jal = 1'b0;
				rst = 1'b0;
				write_data_mem = 1'b0;
				stck = 1'b0;
				write_reg = 1'b1;
				// OS
				bios_mem_mux_select = 1'b0;
				write_instr_mem = 1'b0;
				proc_swap = 1'b0;
				load_os = 1'b0;
				HDRM_select = 1'b1;
				write_hd = 1'b0;
				lcd_trd_msg = 1'b0;
				change_shift = 2'b00;
				pc_operation = 2'b00;
				// NET
				send = 1'b0;
				receive = 1'b0;
			end	
			
			// STORE_HD - 36  
			// STHD - > 32'b100101_{5'b hd_proc_num }_{ 5'b hd_line }_{5'b reg data }_11'b0; // hd[PROC=r[6]][line=r[2]] <= reg[4]
			6'b100101: 
			begin 
				PRBM_select = 1'b1; 
				PAM_select = 1'b0;
				bm_select = 2'b00;
				PDMM_select = 1'b0;
				input_mux_select = 1'b0;
				alu_code = 5'b00000; 
				hlt = 1'b0;
				jmp = 1'b0;
				beq = 1'b0;
				bneq = 1'b0;
				jal = 1'b0;
				rst = 1'b0;
				write_data_mem = 1'b0;
				stck = 1'b0;
				write_reg = 1'b0;
				// OS
				bios_mem_mux_select = 1'b0;
				write_instr_mem = 1'b0;
				proc_swap = 1'b0;
				load_os = 1'b0;
				HDRM_select = 1'b0;
				write_hd = 1'b1;
				lcd_trd_msg = 1'b0;
				change_shift = 2'b00;
				pc_operation = 2'b00;
				// NET
				send = 1'b0;
				receive = 1'b0;
			end	
			
			6'b100110: 
			begin // SPRC - OK  - 37-> swap process number ->32'b100110_{5'b reg}_000000000000000000000; // current process <= RS(r[1])
				PRBM_select = 1'b1;
				PAM_select = 1'b0;
				bm_select = 2'b00;
				PDMM_select = 1'b1;
				input_mux_select = 1'b0;
				alu_code = 5'b00000; 
				hlt = 1'b0;
				jmp = 1'b0;
				beq = 1'b0;
				bneq = 1'b0;
				jal = 1'b0;
				rst = 1'b0;
				write_data_mem = 1'b0;
				stck = 1'b0;
				write_reg = 1'b0;  
				// OS
				bios_mem_mux_select = 1'b0;
				write_instr_mem = 1'b0;
				proc_swap = 1'b1; //
				load_os = 1'b0;
				HDRM_select = 1'b0;
				write_hd = 1'b0;
				lcd_trd_msg = 1'b0;
				change_shift = 2'b00;
				pc_operation = 2'b00;
				// NET
				send = 1'b0;
				receive = 1'b0;
			end
			
			// R type
			6'b100111: 
			begin //CONCAT - 38 - OK
				PRBM_select = 1'b1;
				PAM_select = 1'b0;
				bm_select = 2'b00;
				PDMM_select = 1'b1;
				input_mux_select = 1'b0;
				alu_code = 5'b10000; ////// 
				hlt = 1'b0;
				jmp = 1'b0;
				beq = 1'b0;
				bneq = 1'b0;
				jal = 1'b0;
				rst = 1'b0;
				write_data_mem = 1'b0;
				stck = 1'b0;
				write_reg = 1'b1;
				// OS
				bios_mem_mux_select = 1'b0;
				write_instr_mem = 1'b0;
				proc_swap = 1'b0;
				load_os = 1'b0;
				HDRM_select = 1'b0;
				write_hd = 1'b0;
				lcd_trd_msg = 1'b0;
				change_shift = 2'b00;
				pc_operation = 2'b00;
				// NET
				send = 1'b0;
				receive = 1'b0;
			end
			
			6'b101000: 
			begin // change msg - 39
				PRBM_select = 1'b1;
				PAM_select = 1'b0;
				bm_select = 2'b00;
				PDMM_select = 1'b1;
				input_mux_select = 1'b0;
				alu_code = 5'b00000; 
				hlt = 1'b0;
				jmp = 1'b0;
				beq = 1'b0;
				bneq = 1'b0;
				jal = 1'b0;
				rst = 1'b0;
				write_data_mem = 1'b0;
				stck = 1'b0;
				write_reg = 1'b0;  
				// OS
				bios_mem_mux_select = 1'b0;
				write_instr_mem = 1'b0;
				proc_swap = 1'b0; //
				load_os = 1'b0;
				HDRM_select = 1'b0;
				write_hd = 1'b0;
				lcd_trd_msg = 1'b1;
				change_shift = 2'b00;
				pc_operation = 2'b00;
				// NET
				send = 1'b0;
				receive = 1'b0;
			end
			
			6'b101001: 
			begin // change write shift - 40
				PRBM_select = 1'b1;
				PAM_select = 1'b0;
				bm_select = 2'b00;
				PDMM_select = 1'b1;
				input_mux_select = 1'b0;
				alu_code = 5'b00000; 
				hlt = 1'b0;
				jmp = 1'b0;
				beq = 1'b0;
				bneq = 1'b0;
				jal = 1'b0;
				rst = 1'b0;
				write_data_mem = 1'b0;
				stck = 1'b0;
				write_reg = 1'b0;  
				// OS
				bios_mem_mux_select = 1'b0;
				write_instr_mem = 1'b0;
				proc_swap = 1'b0; //
				load_os = 1'b0;
				HDRM_select = 1'b0;
				write_hd = 1'b0;
				lcd_trd_msg = 1'b0;
				change_shift = 2'b01;
				pc_operation = 2'b00;
				// NET
				send = 1'b0;
				receive = 1'b0;
			end
			
			6'b101010: 
			begin // change read shift - 41
				PRBM_select = 1'b1;
				PAM_select = 1'b0;
				bm_select = 2'b00;
				PDMM_select = 1'b1;
				input_mux_select = 1'b0;
				alu_code = 5'b00000; 
				hlt = 1'b0;
				jmp = 1'b0;
				beq = 1'b0;
				bneq = 1'b0;
				jal = 1'b0;
				rst = 1'b0;
				write_data_mem = 1'b0;
				stck = 1'b0;
				write_reg = 1'b0;  
				// OS
				bios_mem_mux_select = 1'b0;
				write_instr_mem = 1'b0;
				proc_swap = 1'b0; //
				load_os = 1'b0;
				HDRM_select = 1'b0;
				write_hd = 1'b0;
				lcd_trd_msg = 1'b0;
				change_shift = 2'b11;
				pc_operation = 2'b00;
				// NET
				send = 1'b0;
				receive = 1'b0;
			end
			
			6'b101011: 
			begin // getpc - 42
				PRBM_select = 1'b1;
				PAM_select = 1'b0;
				bm_select = 2'b00;
				PDMM_select = 1'b1;
				input_mux_select = 1'b0;
				alu_code = 5'b00000; 
				hlt = 1'b0;
				jmp = 1'b0;
				beq = 1'b0;
				bneq = 1'b0;
				jal = 1'b0;
				rst = 1'b0;
				write_data_mem = 1'b0;
				stck = 1'b0;
				write_reg = 1'b0;  
				// OS
				bios_mem_mux_select = 1'b0;
				write_instr_mem = 1'b0;
				proc_swap = 1'b0; //
				load_os = 1'b0;
				HDRM_select = 1'b0;
				write_hd = 1'b0;
				lcd_trd_msg = 1'b0;
				change_shift = 2'b00;
				pc_operation = 2'b01;
				// NET
				send = 1'b0;
				receive = 1'b0;
			end

			6'b101100: 
			begin // setpc - 43
				PRBM_select = 1'b1;
				PAM_select = 1'b0;
				bm_select = 2'b00;
				PDMM_select = 1'b1;
				input_mux_select = 1'b0;
				alu_code = 5'b00000; 
				hlt = 1'b0;
				jmp = 1'b0;
				beq = 1'b0;
				bneq = 1'b0;
				jal = 1'b0;
				rst = 1'b0;
				write_data_mem = 1'b0;
				stck = 1'b0;
				write_reg = 1'b0;  
				// OS
				bios_mem_mux_select = 1'b0;
				write_instr_mem = 1'b0;
				proc_swap = 1'b0; //
				load_os = 1'b0;
				HDRM_select = 1'b0;
				write_hd = 1'b0;
				lcd_trd_msg = 1'b0;
				change_shift = 2'b00;
				pc_operation = 2'b10;
				// NET
				send = 1'b0;
				receive = 1'b0;
			end
			
			6'b111110: 
			begin // SYSCALL - 44
				PRBM_select = 1'b1;
				PAM_select = 1'b0;
				bm_select = 2'b00;
				PDMM_select = 1'b1;
				input_mux_select = 1'b0;
				alu_code = 5'b00000; 
				hlt = 1'b0;
				jmp = 1'b0;
				beq = 1'b0;
				bneq = 1'b0;
				jal = 1'b0;
				rst = 1'b0;
				write_data_mem = 1'b0;
				stck = 1'b0;
				write_reg = 1'b0;  
				// OS
				bios_mem_mux_select = 1'b0;
				write_instr_mem = 1'b0;
				proc_swap = 1'b0;
				load_os = 1'b0;
				HDRM_select = 1'b0;
				write_hd = 1'b0;
				lcd_trd_msg = 1'b0;
				change_shift = 2'b00;
				pc_operation = 2'b00;
				// NET
				send = 1'b0;
				receive = 1'b0;
			end
			
			6'b111111: 
			begin // end_program - 45
				PRBM_select = 1'b1;
				PAM_select = 1'b0;
				bm_select = 2'b00;
				PDMM_select = 1'b1;
				input_mux_select = 1'b0;
				alu_code = 5'b00000; 
				hlt = 1'b0;
				jmp = 1'b0;
				beq = 1'b0;
				bneq = 1'b0;
				jal = 1'b0;
				rst = 1'b0;
				write_data_mem = 1'b0;
				stck = 1'b0;
				write_reg = 1'b0;  
				// OS
				bios_mem_mux_select = 1'b0;
				write_instr_mem = 1'b0;
				proc_swap = 1'b0;
				load_os = 1'b0;
				HDRM_select = 1'b0;
				write_hd = 1'b0;
				lcd_trd_msg = 1'b0;
				change_shift = 2'b00;
				pc_operation = 2'b00;
				// NET
				send = 1'b0;
				receive = 1'b0;
			end
			
			6'b101101: //receive
			begin
				PRBM_select = 1'b0;
				PAM_select = 1'b1;
				bm_select = 2'b00;
				PDMM_select = 1'b1;
				input_mux_select = 1'b1;
				alu_code = 5'b00000; 
				if(check)
					hlt = 1'b0;
				else
					hlt = 1'b1;
				jmp = 1'b0;
				beq = 1'b0;
				bneq = 1'b0;
				jal = 1'b0;
				rst = 1'b0;
				write_data_mem = 1'b0;
				stck = 1'b0;
				write_reg = 1'b1;
				// OS
				bios_mem_mux_select = 1'b0;
				write_instr_mem = 1'b0;
				proc_swap = 1'b0;
				load_os = 1'b0;
				HDRM_select = 1'b0;
				write_hd = 1'b0;
				lcd_trd_msg = 1'b0;
				change_shift = 2'b00;	
				pc_operation = 2'b00;
				// NET
				send = 1'b0;
				receive = 1'b1; //////
			end
			
			6'b101110:
			begin // send
				PRBM_select = 1'b1;
				PAM_select = 1'b0;
				bm_select = 2'b00;
				PDMM_select = 1'b1;
				input_mux_select = 1'b0;
				alu_code = 5'b00000; 
				if(check)
					hlt = 1'b0;
				else
					hlt = 1'b1;
				jmp = 1'b0;
				beq = 1'b0;
				bneq = 1'b0;
				jal = 1'b0;
				rst = 1'b0;
				write_data_mem = 1'b0;
				stck = 1'b0;
				write_reg = 1'b0;
				// OS
				bios_mem_mux_select = 1'b0;
				write_instr_mem = 1'b0;
				proc_swap = 1'b0;
				load_os = 1'b0;
				HDRM_select = 1'b0;
				write_hd = 1'b0;
				lcd_trd_msg = 1'b0;
				change_shift = 2'b00;	
				pc_operation = 2'b00;
				// NET
				send = 1'b1; //////
				receive = 1'b0;
			end
			
			default: 
			begin
				PRBM_select = 1'b0;
				PAM_select = 1'b0;
				bm_select = 2'b00;
				PDMM_select = 1'b0;
				input_mux_select = 1'b0;
				alu_code = 5'b00000; 
				hlt = 1'b0;
				jmp = 1'b0;
				beq = 1'b0;
				jal = 1'b0;
				bneq = 1'b0;
				rst = 1'b0;
				write_data_mem = 1'b0;
				stck = 1'b0;
				write_reg = 1'b0;
				// OS
				bios_mem_mux_select = 1'b0;
				write_instr_mem = 1'b0;
				proc_swap = 1'b0;
				load_os = 1'b0;
				HDRM_select = 1'b0;
				write_hd = 1'b0;
				lcd_trd_msg = 1'b0;
				change_shift = 2'b00;
				pc_operation = 2'b00;
				// NET
				send = 1'b0;
				receive = 1'b0;
			end
		
		endcase
	end

endmodule